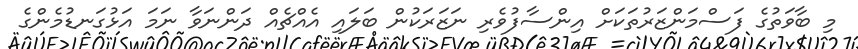
މި ބާވަތުގެ ފަސްމަންޒަރުތަކަށް އިންސާފުވެރި ނަޒަރަކުން ބަލައި އެއްޗެއް ދަންނަވާ ނަމަ އަޅުގަނޑުމެންގެ